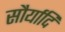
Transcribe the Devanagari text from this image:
सौर्यादि